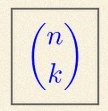
\binom{n}{k}